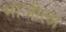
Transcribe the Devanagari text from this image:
भाजीला